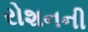
રોશનની